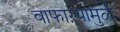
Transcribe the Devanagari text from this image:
वाफाऱ्यामुळे